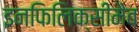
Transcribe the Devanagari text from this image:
इनफिलिक्सीमैब